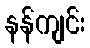
နန်ကျင်း